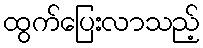
ထွက်ပြေးလာသည့်